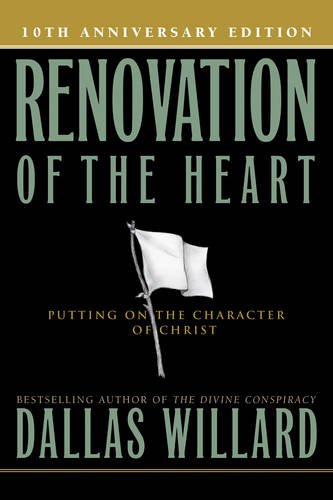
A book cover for Renovation of the Heart: Putting On the Character of Christ; Dallas Willard; Christian Books & Bibles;